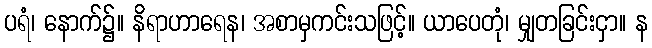
ပရံ၊ နောက်၌။ နိရာဟာရေန၊ အစာမှကင်းသဖြင့်။ ယာပေတုံ၊ မျှတခြင်းငှာ။ န